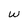
Character: w